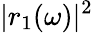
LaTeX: \vert r_{1}(\omega)\vert^{2}